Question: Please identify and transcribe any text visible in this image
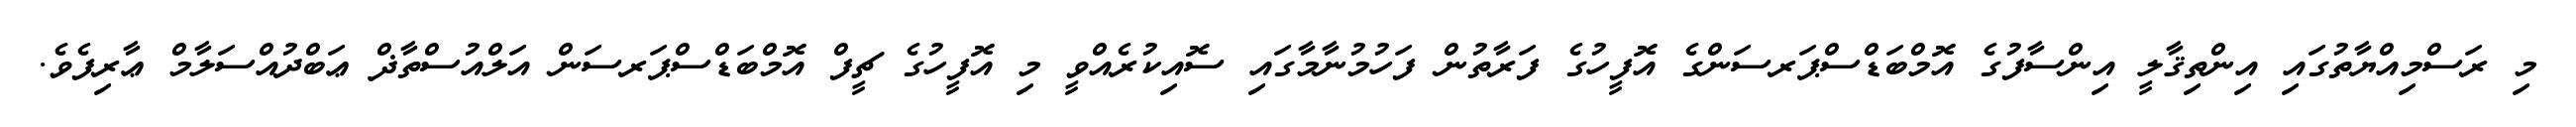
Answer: މި ރަސްމިއްޔާތުގައި އިންތިޤާލީ އިންސާފުގެ އޮމްބަޑްސްޕަރސަންގެ އޮފީހުގެ ފަރާތުން ފަހުމުނާމާގައި ސޮއިކުރެއްވީ މި އޮފީހުގެ ޗީފް އޮމްބަޑްސްޕަރސަން އަލްއުސްތާޛް ޢަބްދުއްސަލާމް ޢާރިފެވެ.